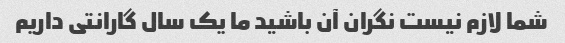
شما لازم نیست نگران آن باشید ما یک سال گارانتی داریم